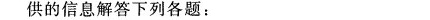
供的信息解答下列各题：